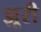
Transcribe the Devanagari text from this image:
झूरी